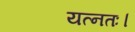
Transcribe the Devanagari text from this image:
यत्नतः।